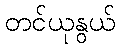
တင်ယုနွယ်